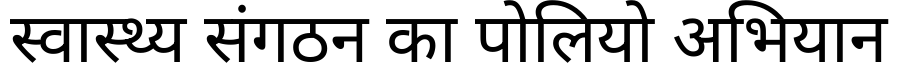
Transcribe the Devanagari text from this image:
स्वास्थ्य संगठन का पोलियो अभियान